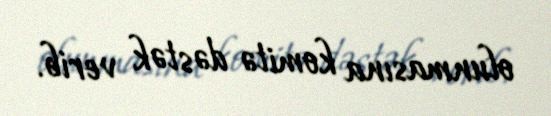
olunmasına komitə dəstək verib.